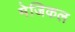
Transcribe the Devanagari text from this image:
मेजिकल